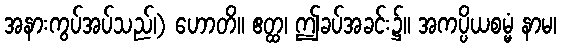
အနားကွပ်အပ်သည်၊) ဟောတိ။ ဧတ္ထ၊ ဤခပ်အခင်း၌။ အကပ္ပိယစမ္မံ နာမ၊